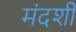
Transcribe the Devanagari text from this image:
मंदशी